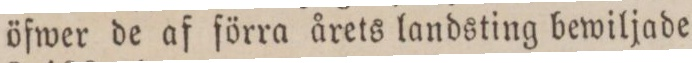
öfwer de af ſörra årets landsting bewiljade